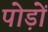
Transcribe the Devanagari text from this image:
पोड़ों